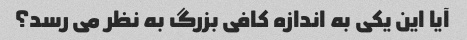
آیا این یکی به اندازه کافی بزرگ به نظر می رسد؟